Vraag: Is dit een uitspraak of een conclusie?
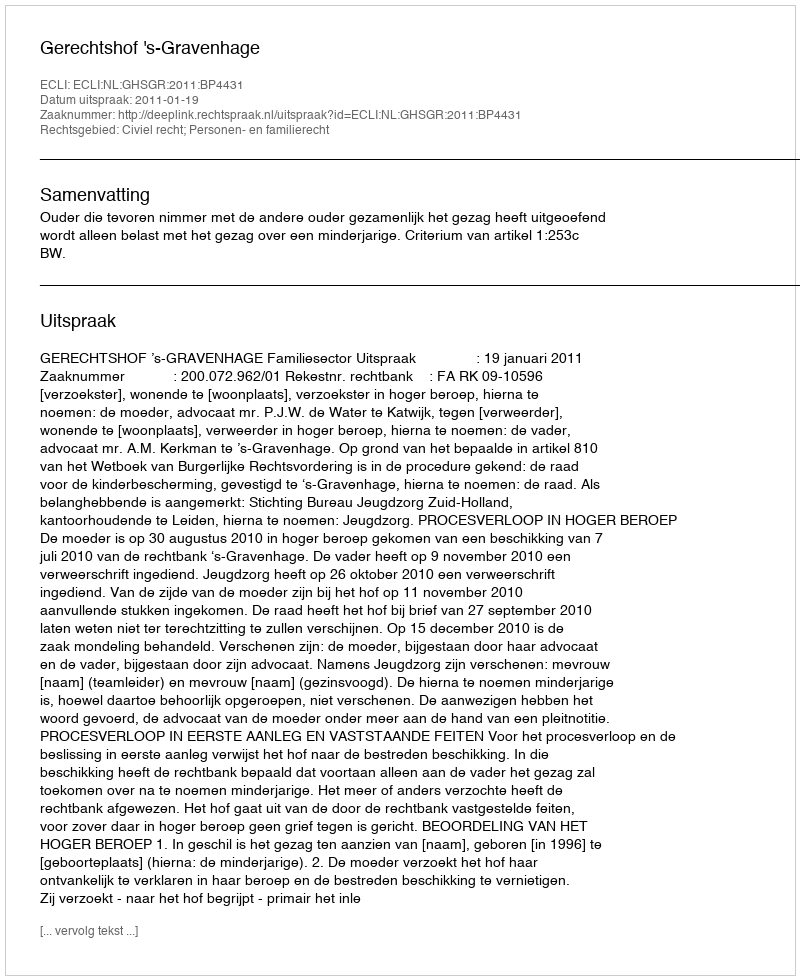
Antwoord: Uitspraak